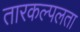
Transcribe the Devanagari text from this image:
तारकल्पलता